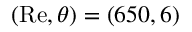
( \mathrm { R e } , \theta ) = ( 6 5 0 , 6 )